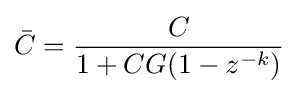
{\bar {C}}={\frac {C}{1+CG(1-z^{-k})}}